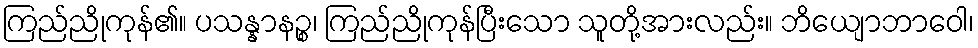
ကြည်ညိုကုန်၏။ ပသန္နာနဉ္စ၊ ကြည်ညိုကုန်ပြီးသော သူတို့အားလည်း။ ဘိယျောဘာဝေါ၊